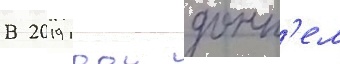
В 2019 году донн'ел